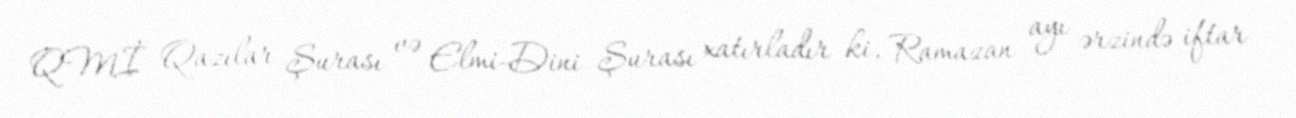
QMİ Qazılar Şurası və Elmi-Dini Şurası xatırladır ki, Ramazan ayı ərzində iftar